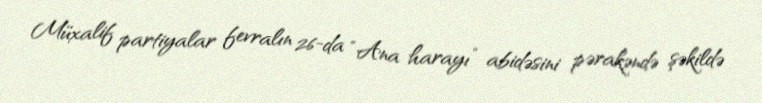
Müxalif partiyalar fevralın 26-da “Ana harayı” abidəsini pərakəndə şəkildə